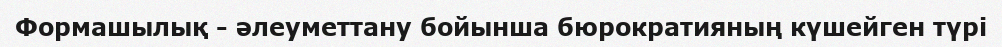
Формашылық - әлеуметтану бойынша бюрократияның күшейген түрі